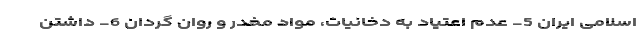
اسلامی ایران 5- عدم اعتیاد به دخانیات، مواد مخدر و روان گردان 6- داشتن